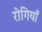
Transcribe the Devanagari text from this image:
रोगियाँ